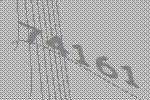
74161